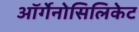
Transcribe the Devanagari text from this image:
ऑर्गेनोसिलिकेट